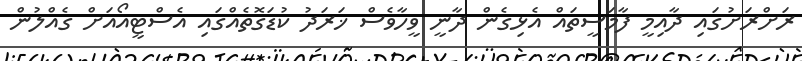
ރަށްރަށުގައި ދާއިމީ ފާމަސީތައް އެޅިގެން ދާނީ ވީހާވެސް ޚަރަދު ކުޑަގޮތެއްގައި އެސްޓީއޯއަށް ގެއްލުން